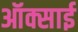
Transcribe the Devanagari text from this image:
ऑक्साई